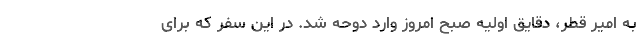
به امیر قطر، دقایق اولیه صبح امروز وارد دوحه شد. در این سفر که برای